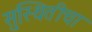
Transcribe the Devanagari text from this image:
सुस्थितीचा